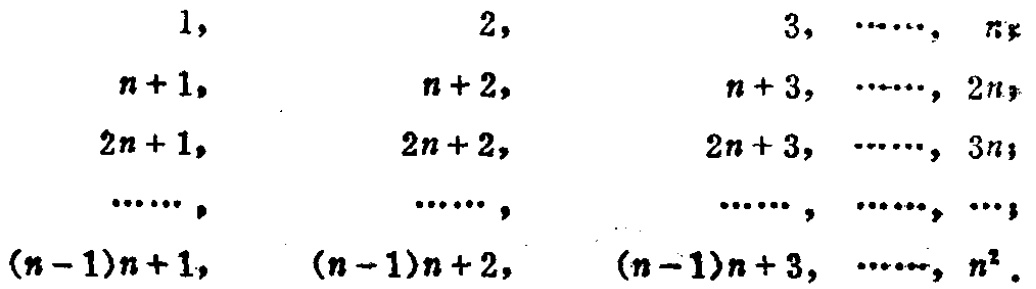
\[

\begin{align*}

1,&\quad2,\quad3,\cdots,n\\

n + 1,&\quad n + 2,\quad n + 3,\cdots,2n\\

2n + 1,&\quad 2n + 2,\quad 2n + 3,\cdots,3n\\

\cdots,&\quad\cdots,\quad\cdots,\cdots,\cdots\\

(n - 1)n+1,&\quad (n - 1)n + 2,\quad (n - 1)n + 3,\cdots,n^2

\end{align*}

\]